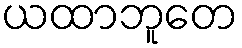
ယထာဘူတေ